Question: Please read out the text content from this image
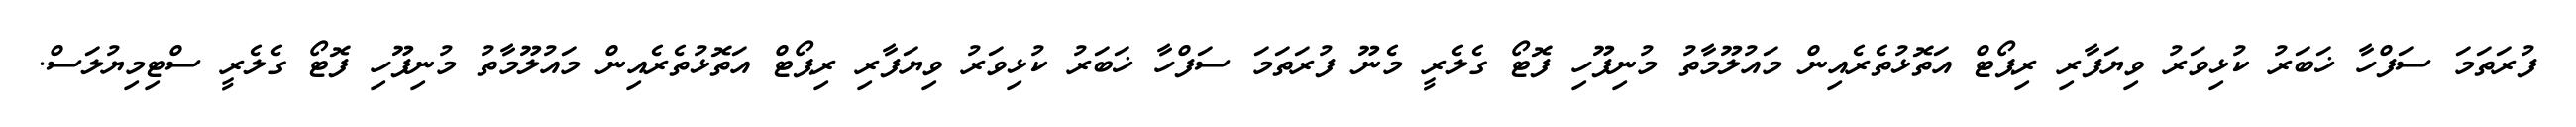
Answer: ފުރަތަމަ ސަފްހާ ޚަބަރު ކުޅިވަރު ވިޔަފާރި ރިޕޯޓް އަތޮޅުތެރެއިން މައުލޫމާތު މުނިފޫހި ފޮޓޯ ގެލެރީ މެނޫ ފުރަތަމަ ސަފްހާ ޚަބަރު ކުޅިވަރު ވިޔަފާރި ރިޕޯޓް އަތޮޅުތެރެއިން މައުލޫމާތު މުނިފޫހި ފޮޓޯ ގެލެރީ ސްޓިމިޔުލަސް.